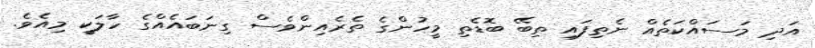
އަދި މަސައްކަތެއް ނެތިފައި ތިބޭ ބޮޑެތި މީހުންގެ ތެރެއިންވެސް ގިނަބައެއްގެ ހާލަކީ މިއެވެ.